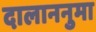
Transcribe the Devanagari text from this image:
दालाननुमा